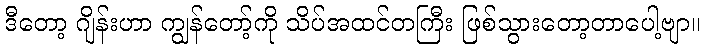
ဒီတော့ ဂျိန်းဟာ ကျွန်တော့်ကို သိပ်အထင်တကြီး ဖြစ်သွားတော့တာပေါ့ဗျာ။